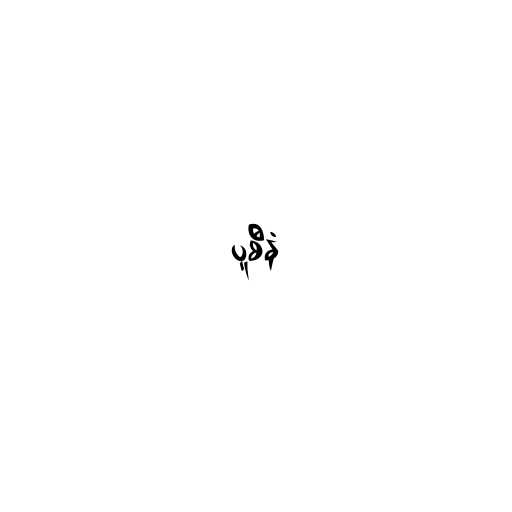
ပူစီနံ